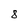
Character: 8